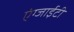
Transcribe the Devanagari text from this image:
एंग्जाईटी